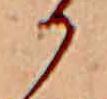
か